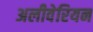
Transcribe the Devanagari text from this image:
अलीवेरियन